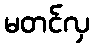
မတင်လှ